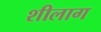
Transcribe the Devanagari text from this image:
शीलाग